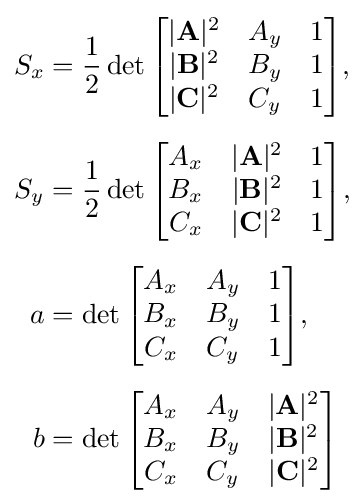
{\begin{aligned}S_{x}&={\frac {1}{2}}\det {\begin{bmatrix}|\mathbf {A} |^{2}&A_{y}&1\\|\mathbf {B} |^{2}&B_{y}&1\\|\mathbf {C} |^{2}&C_{y}&1\end{bmatrix}},\\[5pt]S_{y}&={\frac {1}{2}}\det {\begin{bmatrix}A_{x}&|\mathbf {A} |^{2}&1\\B_{x}&|\mathbf {B} |^{2}&1\\C_{x}&|\mathbf {C} |^{2}&1\end{bmatrix}},\\[5pt]a&=\det {\begin{bmatrix}A_{x}&A_{y}&1\\B_{x}&B_{y}&1\\C_{x}&C_{y}&1\end{bmatrix}},\\[5pt]b&=\det {\begin{bmatrix}A_{x}&A_{y}&|\mathbf {A} |^{2}\\B_{x}&B_{y}&|\mathbf {B} |^{2}\\C_{x}&C_{y}&|\mathbf {C} |^{2}\end{bmatrix}}\end{aligned}}